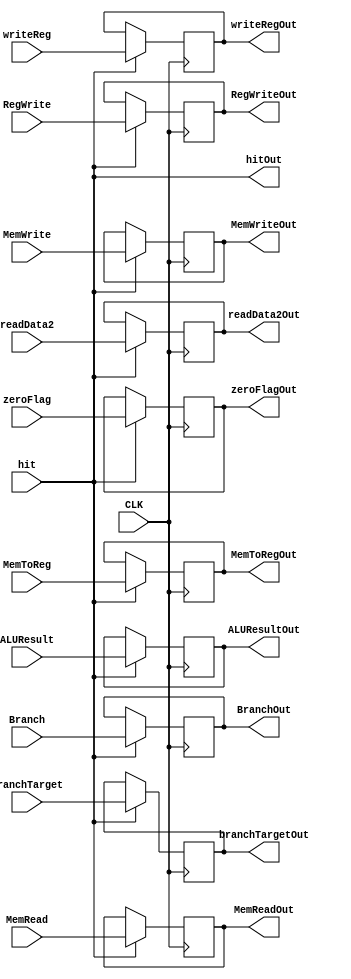
`timescale 1ns / 1ps


module EX_MEM_Register ( 
    input CLK, 
    input hit, 
    input [31:0] branchTarget, 
    input zeroFlag, 
    input [31:0] ALUResult,
    input [31:0] readData2,
    input [4:0] writeReg, 
    input MemRead, 
    input MemWrite, 
    input Branch, 
    input RegWrite, 
    input MemToReg,

    output reg [31:0] branchTargetOut, 
    output reg zeroFlagOut, 
    output reg [31:0] ALUResultOut, 
    output reg [31:0] readData2Out,
    output reg [4:0] writeRegOut, 
    output reg MemReadOut, 
    output reg MemWriteOut, 
    output reg BranchOut, 
    output reg RegWriteOut,
    output reg MemToRegOut, 
    output hitOut
);


 initial begin
//     branchTargetOut = 0; 
     zeroFlagOut = 0; 
//     ALUResultOut = 0; 
//     readData2Out = 0;
//     writeRegOut = 0; 
//     MemReadOut = 0; 
//     MemWriteOut = 0; 
     BranchOut = 0; 
//     RegWriteOut = 0;
//     MemToRegOut = 0; 
 end


	assign hitOut = hit;

	always @(negedge CLK) 
		begin
		  if(hit) 
				begin 
				  writeRegOut    <= writeReg;
				  branchTargetOut<= branchTarget;
				  ALUResultOut   <= ALUResult;
				  readData2Out <= readData2;
				  zeroFlagOut    <= zeroFlag;
				  MemReadOut     <= MemRead;
				  MemWriteOut    <= MemWrite;
				  BranchOut      <= Branch;
				  RegWriteOut    <= RegWrite;
				  MemToRegOut    <= MemToReg;
				end
		end
    
endmodule